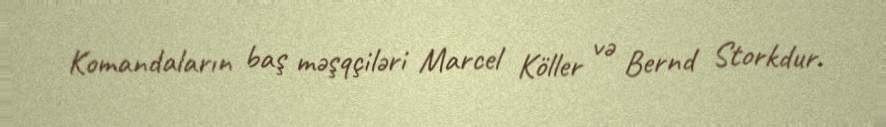
Komandaların baş məşqçiləri Marcel Köller və Bernd Storkdur.